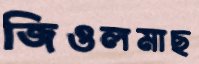
জিওলমাছ